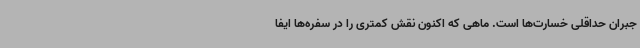
جبران حداقلی خسارت‌ها است. ماهی که اکنون نقش کمتری را در سفره‌ها ایفا